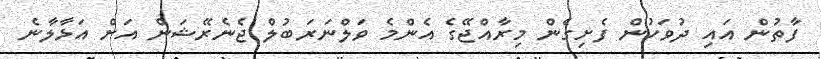
ފާތުން އައި ދުވަހުން ފެށިގެން މިރާއްޖޭގެ އެންމެ ވަލްނަރަބުލް ޖެނެރޭޝަން އަށް އަޅާލާނެ